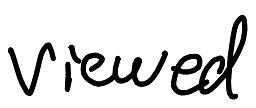
Text: viewed
Cross-out: clean
Writing tool: digital_black